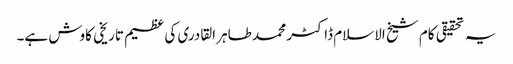
یہ تحقیقی کام شیخ الاسلام ڈاکٹر محمد طاہر القادری کی عظیم تاریخی کاوش ہے۔